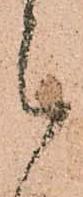
被